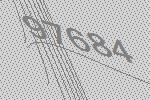
97684